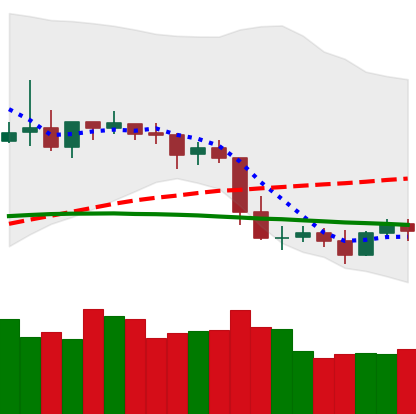
Ticker: XLM-USD
Chart end date: 2019-05-02
Forward return: -5.334%
Label: down_5_7